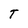
Character: T